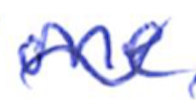
Text: one
Cross-out: mix
Writing tool: ballpoint